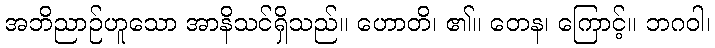
အဘိညာဉ်ဟူသော အာနိသင်ရှိသည်။ ဟောတိ၊ ၏။ တေန၊ ကြောင့်။ ဘဂဝါ၊